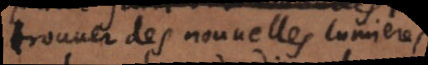
trouver des nouvelles lumieres